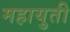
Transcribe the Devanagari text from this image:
महायुती